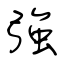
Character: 強